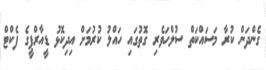
ގެންދަން ކުރާ މަސައްކަތް ސުލްހަވެރި ގޮތުގައި ހައްލު ކުރުމަށް އިދިކޮޅު ޑީއާރްޕީގެ ފެކްޓް